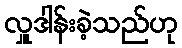
လှူဒါန်းခဲ့သည်ဟု